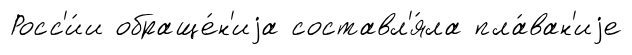
Росс'и́и обраще́н'иjа составл'я́ла пла́ван'иjе